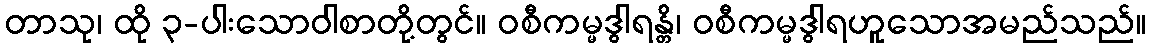
တာသု၊ ထို ၃-ပါးသောဝါစာတို့တွင်။ ဝစီကမ္မဒွါရန္တိ၊ ဝစီကမ္မဒွါရဟူသောအမည်သည်။